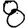
Digit: 8